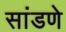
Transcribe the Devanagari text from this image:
सांडणे